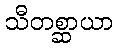
သီတစ္ဆာယာ